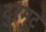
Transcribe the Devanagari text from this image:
दुरमुट